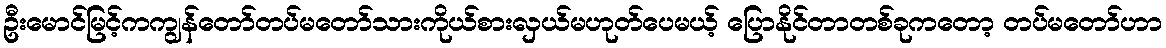
ဦးမောင်မြင့်ကကျွန်တော်တပ်မတော်သားကိုယ်စားလှယ်မဟုတ်ပေမယ့် ပြောနိုင်တာတစ်ခုကတော့ တပ်မတော်ဟာ